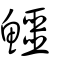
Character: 鱷